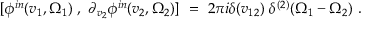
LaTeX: [ \phi ^ { i n } ( v _ { 1 } , \Omega _ { 1 } ) ~ , ~ \partial _ { v _ { 2 } } \phi ^ { i n } ( v _ { 2 } , \Omega _ { 2 } ) ] ~ = ~ 2 \pi i \delta ( v _ { 1 2 } ) ~ \delta ^ { ( 2 ) } ( \Omega _ { 1 } - \Omega _ { 2 } ) ~ .